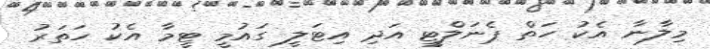
މިލާނާ އެކު ހަތް ޕެނަލްޓީ އަދި އިޓަލީ ގައުމީ ޓީމާ އެކު ހަތަރު